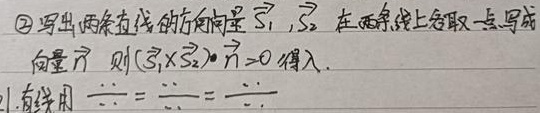
\textcircled{2} 写出两条直线的方向向量 $\overrightarrow{S_{1}}$，$\overrightarrow{S_{2}}$，在两条线上各取一点写成向量 $\overrightarrow{n}$，则 \((\overrightarrow{S_{1}}\times\overrightarrow{S_{2}})\cdot\overrightarrow{n}=0\)，代入。
1. 直线用 \(\frac{x - x_0}{m}=\frac{y - y_0}{n}=\frac{z - z_0}{p}\)